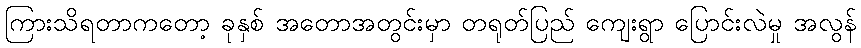
ကြားသိရတာကတော့ ခုနှစ် အတောအတွင်းမှာ တရုတ်ပြည် ကျေးရွာ ပြောင်းလဲမှု အလွန်